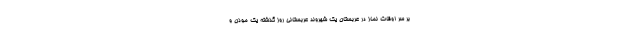
بر سر اوقات نماز در عربستان یک شهروند عربستانی روز گذشته یک موذن و